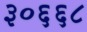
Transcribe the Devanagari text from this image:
३०६६८